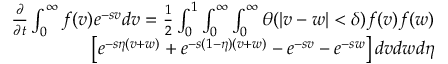
\begin{array} { r } { \begin{array} { r } { \frac { \partial } { \partial t } \int _ { 0 } ^ { \infty } f ( v ) e ^ { - s v } d v = \frac { 1 } { 2 } \int _ { 0 } ^ { 1 } \int _ { 0 } ^ { \infty } \int _ { 0 } ^ { \infty } \theta ( | v - w | < \delta ) f ( v ) f ( w ) } \\ { \left[ e ^ { - s \eta ( v + w ) } + e ^ { - s ( 1 - \eta ) ( v + w ) } - e ^ { - s v } - e ^ { - s w } \right] d v d w d \eta } \end{array} } \end{array}